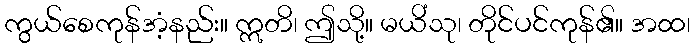
ကွယ်စေကုန်အံ့နည်း။ ဣတိ၊ ဤသို့။ မယိံသု၊ တိုင်ပင်ကုန်၏။ အထ၊